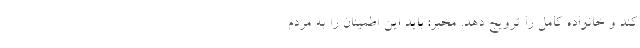
کند و خانواده کامل را ترویج دهد. مخبر: باید این اطمینان را به مردم